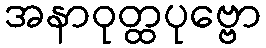
အနာဝုတ္ထပုဗ္ဗော